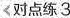
对点练3